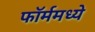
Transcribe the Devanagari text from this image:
फॉर्ममध्‍ये